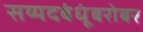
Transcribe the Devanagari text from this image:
सय्यदबंधूंबरोबर